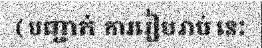
( បញ្ជាក់ ការរៀបរាប់ នេះ